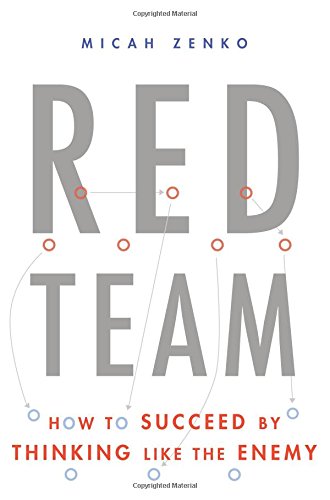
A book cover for Red Team: How to Succeed By Thinking Like the Enemy; Micah Zenko; Business & Money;